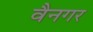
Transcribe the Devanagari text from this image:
वैनगर